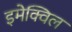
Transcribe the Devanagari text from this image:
इमेक्विल